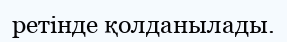
ретінде қолданылады.